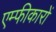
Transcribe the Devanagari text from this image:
एम्फीकारों